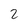
Character: 2